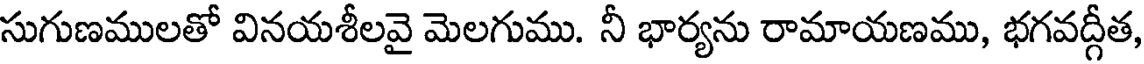
సుగుణములతో వినయశీలవై మెలగుము. నీ భార్యను రామాయణము, భగవద్గీత,